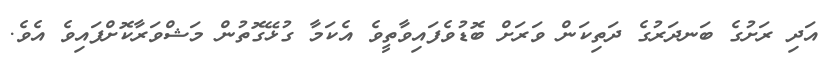
އަދި ރަށުގެ ބަނދަރުގެ ދަތިކަން ވަރަށް ބޮޑުވެފައިވާތީވެ އެކަމާ ގުޅޭގޮތުން މަޝްވަރާކޮށްފައިވެ އެވެ.